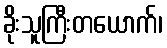
ခိုးသူကြီးတယောက်၊